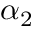
\alpha _ { 2 }